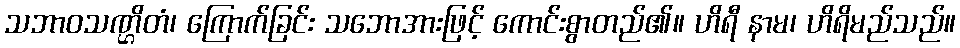
သဘာဝသဏ္ဌိတံ၊ ကြောက်ခြင်း သဘောအားဖြင့် ကောင်းစွာတည်၏။ ဟိရီ နာမ၊ ဟိရိမည်သည်။